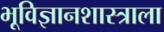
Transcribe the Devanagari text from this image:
भूविज्ञानशास्त्राला